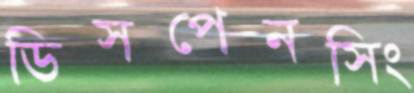
ডিসপেনসিং